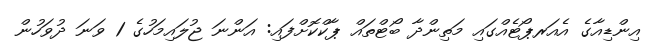
އިންޑިއާގެ އެއަރޕޯޓެއްގައި މަތިންދާ ބޯޓްތައް ޕާކްކޮށްފައި: އަންނަ ޖުލައިމަހުގެ 1 ވަނަ ދުވަހުން